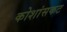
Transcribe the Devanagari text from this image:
कोशांसकट